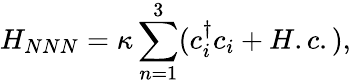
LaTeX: H_{NNN}=\kappa\sum_{n=1}^{3}(c_{i}^{\dagger}c_{i}+H.c.),